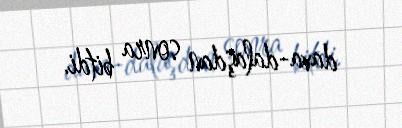
dava-dalaşdan sonra bitdi.